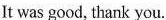
It was good, thank you.